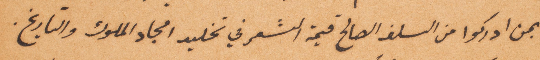
بمن ادركوا من السلف الصالح قيمة الشعر في تخليد امجاد الملوك والتاريخ